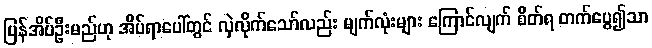
ပြန်အိပ်ဦးမည်ဟု အိပ်ရာပေါ်တွင် လှဲလိုက်သော်လည်း မျက်လုံးများ ကြောင်လျက် စိတ်ရ တက်ပွေ၍သာ